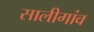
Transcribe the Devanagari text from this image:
सालीगांव